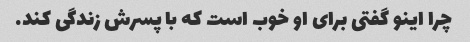
چرا اینو گفتی برای او خوب است که با پسرش زندگی کند.